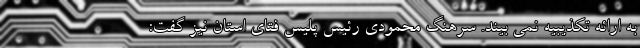
به ارائه تکذیبیه نمی بیند. سرهنگ محمودی رئیس پلیس فتای استان نیز گفت: